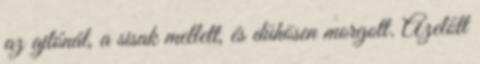
az ajtónál, a sisak mellett, és dühösen morgott. Azelőtt